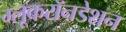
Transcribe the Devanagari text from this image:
ग्लूकरॉनडेशन